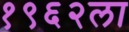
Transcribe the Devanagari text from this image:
१९६२ला